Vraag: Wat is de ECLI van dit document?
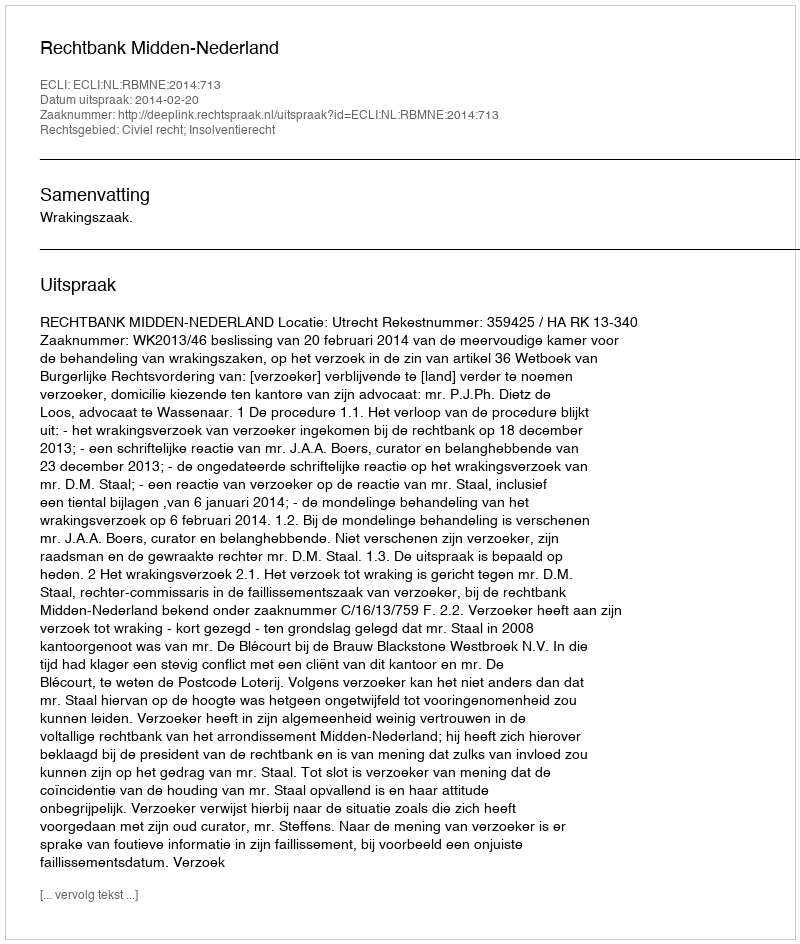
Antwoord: ECLI:NL:RBMNE:2014:713